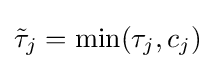
{\tilde {\tau }}_{j}=\min(\tau _{j},c_{j})